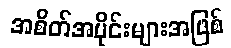
အစိတ်အပိုင်းများအဖြစ်